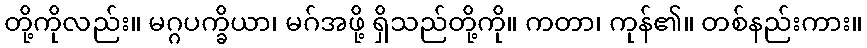
တို့ကိုလည်း။ မဂ္ဂပက္ခိယာ၊ မဂ်အဖို့ ရှိသည်တို့ကို။ ကတာ၊ ကုန်၏။ တစ်နည်းကား။